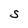
Character: S